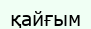
қайғым